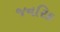
જનરિક